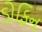
ડોફિન